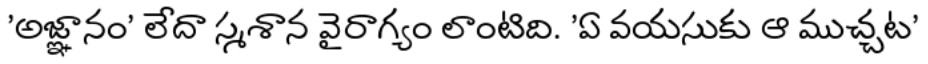
'అజ్ఞానం' లేదా స్మశాన వైరాగ్యం లాంటిది. 'ఏ వయసుకు ఆ ముచ్చట'